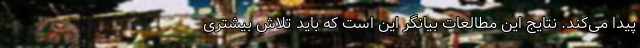
پیدا می‌کند. نتایج این مطالعات بیانگر این است که باید تلاش‌ بیشتری